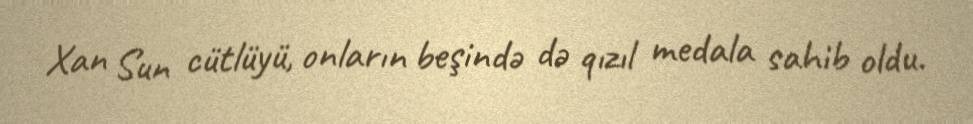
Xan Sun cütlüyü, onların beşində də qızıl medala sahib oldu.